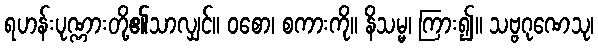
ရဟန်းပုဏ္ဏားတို့၏သာလျှင်။ ဝစော၊ စကားကို။ နိသမ္မ၊ ကြား၍။ သဗ္ဗဂုဏေသု၊